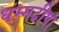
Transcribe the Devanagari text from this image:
धम्मदीपा